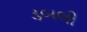
ડબલી